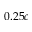
0 . 2 5 c